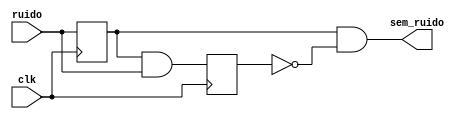
module LevelToPulse (ruido, clk, sem_ruido);
	
	input ruido;
	input clk;
	output sem_ruido;

	reg FFD1, FFD2;
	
	initial begin
		FFD1 = 1'b0;
		FFD2 = 1'b0;
	end

	always @(posedge clk) begin
	  FFD1 <= ruido;
	  FFD2 <= FFD1 & ruido;
	end
	
	wire aneg;
	not (aneg, FFD2);
	and (sem_ruido, FFD1, aneg);

endmodule